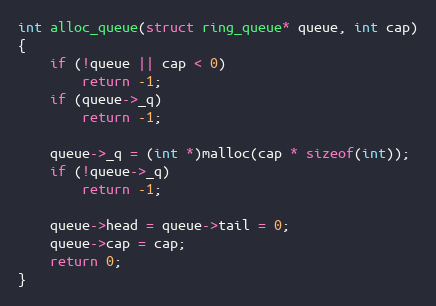
Language: C
int alloc_queue(struct ring_queue* queue, int cap)
{
	if (!queue || cap < 0)
		return -1;
	if (queue->_q)
		return -1;

	queue->_q = (int *)malloc(cap * sizeof(int));
	if (!queue->_q)
		return -1;

	queue->head = queue->tail = 0;
	queue->cap = cap;
	return 0;
}